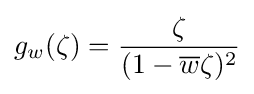
g_{w}(\zeta )={\zeta  \over (1-{\overline {w}}\zeta )^{2}}